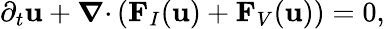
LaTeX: \partial_{t}\mathbf{u}+\boldsymbol{\nabla}{\cdot}\left(\mathbf{F}_{I}(\mathbf{u})+\mathbf{F}_{V}(\mathbf{u})\right)=0,